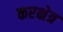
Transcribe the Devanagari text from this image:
करक्षेत्र